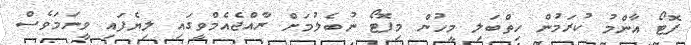
ފޮޓޯ އާންމު ކުރަމުން ހިތްބަލި މީހުން މިފޮޓޯ ނުބެލުމަށް ރާއްޖެއެމްވީގައި ލިޔެފައި ވީނަމަވެސް